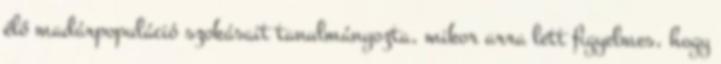
élő madárpopuláció szokásait tanulmányozta, mikor arra lett figyelmes, hogy